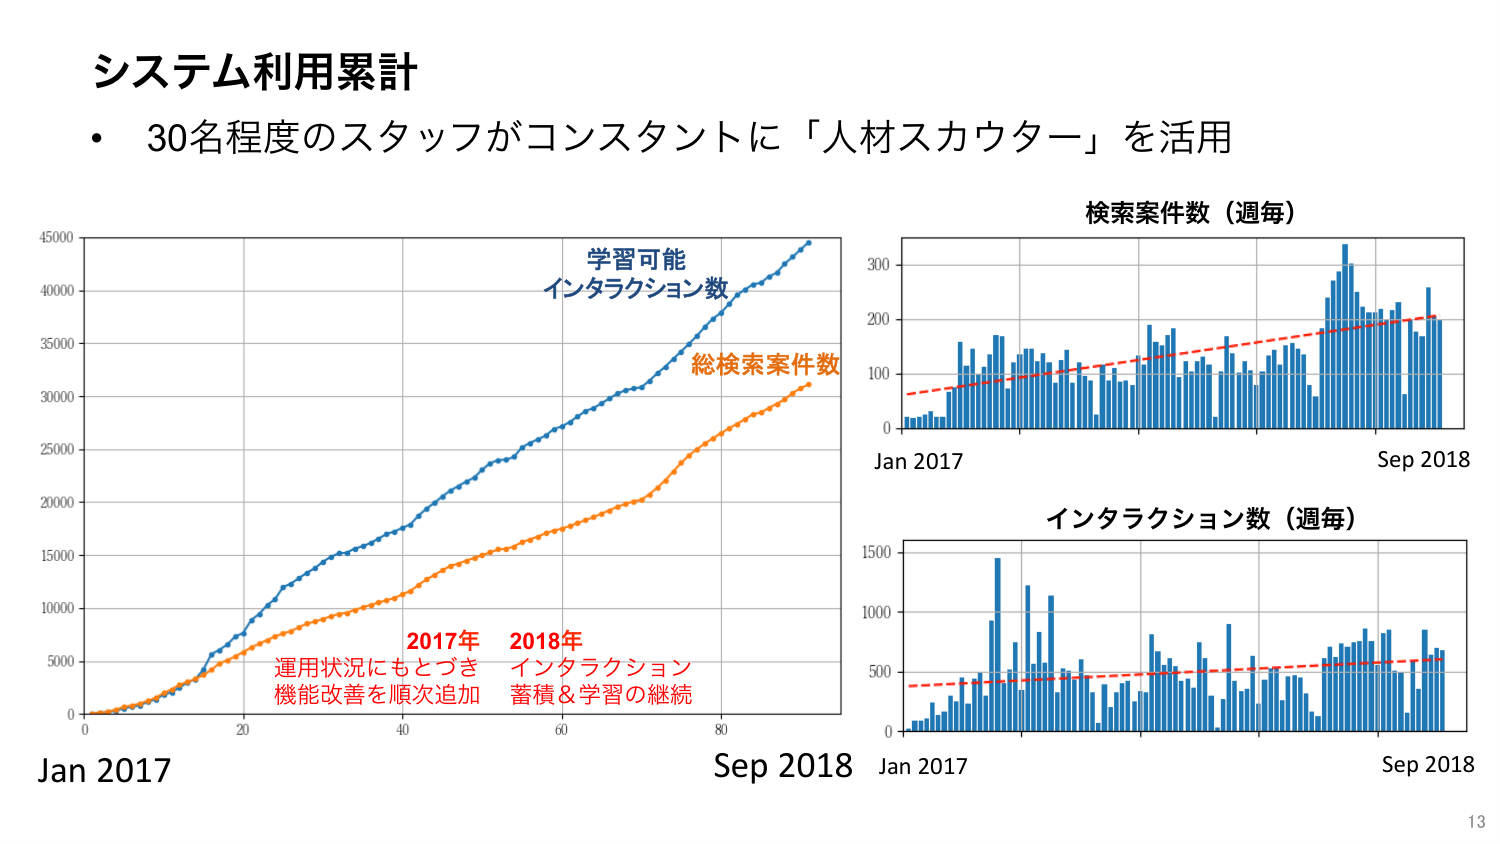
システム利用累計
・ 30名程度のスタッフがコンスタントに「人材スカウター」を活用

学習可能
インタラクション数
総検索案件数

2017年
運用状況にもとづき
機能改善を順次追加

2018年
インタラクション
蓄積＆学習の継続

Jan 2017
Sep 2018

検索案件数（週毎）
Jan 2017
Sep 2018

インタラクション数（週毎）
Jan 2017
Sep 2018

13